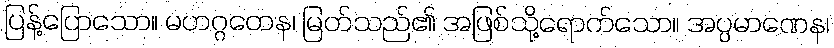
ပြန့်ပြောသော။ မဟဂ္ဂတေန၊ မြတ်သည်၏ အဖြစ်သို့ရောက်သော။ အပ္ပမာဏေန၊